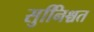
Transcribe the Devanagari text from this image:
सुनििश्चत